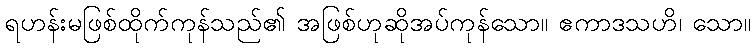
ရဟန်းမဖြစ်ထိုက်ကုန်သည်၏ အဖြစ်ဟုဆိုအပ်ကုန်သော။ ဧကာဒသဟိ၊ သော။